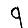
Digit: 9